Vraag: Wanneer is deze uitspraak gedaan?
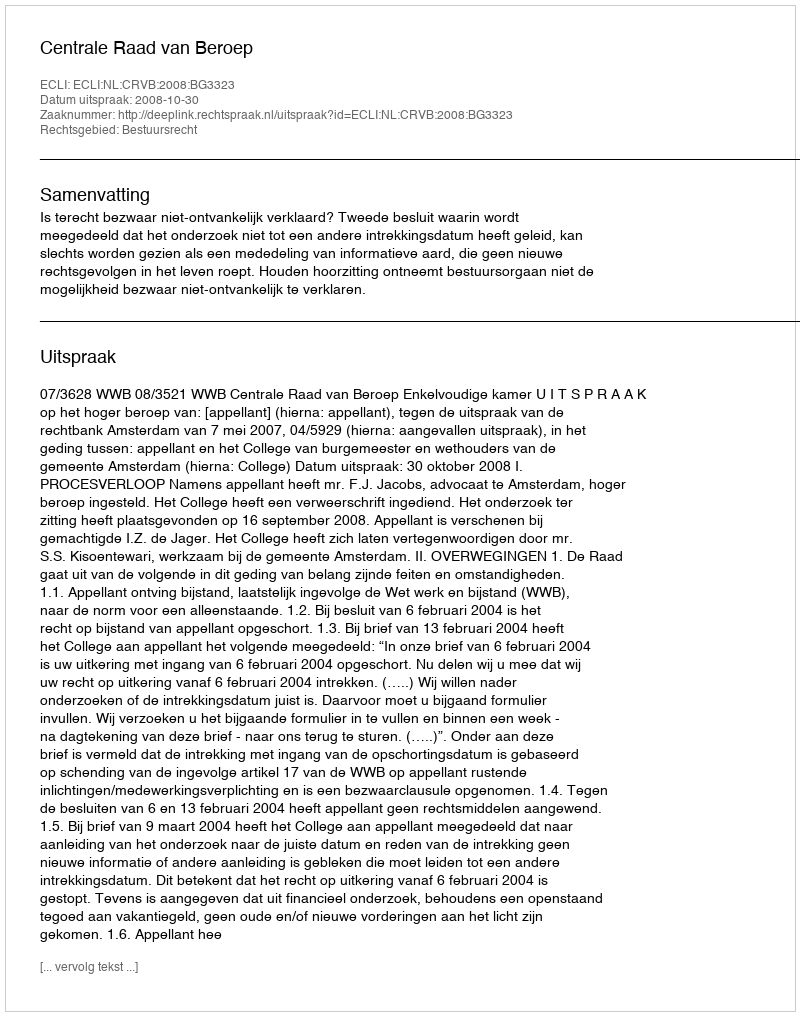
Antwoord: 2008-10-30